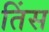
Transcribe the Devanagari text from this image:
तिंस